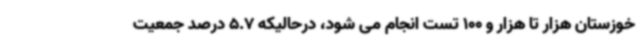
خوزستان هزار تا هزار و 100 تست انجام می شود، درحالیکه 5.7 درصد جمعیت